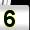
Digit: 5